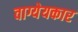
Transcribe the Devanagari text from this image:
वाग्येयकार